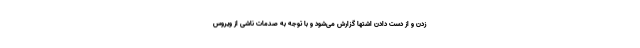
زدن و از دست دادن اشتها گزارش می‌شود و با توجه به صدمات ناشی از ویروس